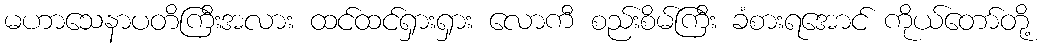
မဟာသေနာပတိကြီးအလား ထင်ထင်ရှားရှား လောကီ စည်းစိမ်ကြီး ခံစားရအောင် ကိုယ်တော်တို့